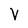
Character: V